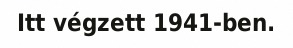
Itt végzett 1941-ben.